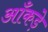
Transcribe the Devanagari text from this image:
आँकडे़